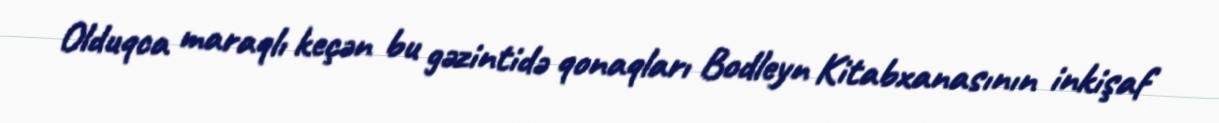
Olduqca maraqlı keçən bu gəzintidə qonaqları Bodleyn Kitabxanasının inkişaf